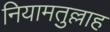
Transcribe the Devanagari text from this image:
नियामतुल्लाह